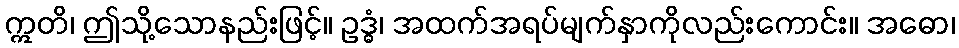
ဣတိ၊ ဤသို့သောနည်းဖြင့်။ ဥဒ္ဓံ၊ အထက်အရပ်မျက်နှာကိုလည်းကောင်း။ အဓော၊